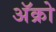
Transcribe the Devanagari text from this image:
अॅक्रो